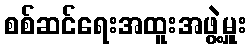
စစ်ဆင်ရေးအထူးအဖွဲ့မှူး